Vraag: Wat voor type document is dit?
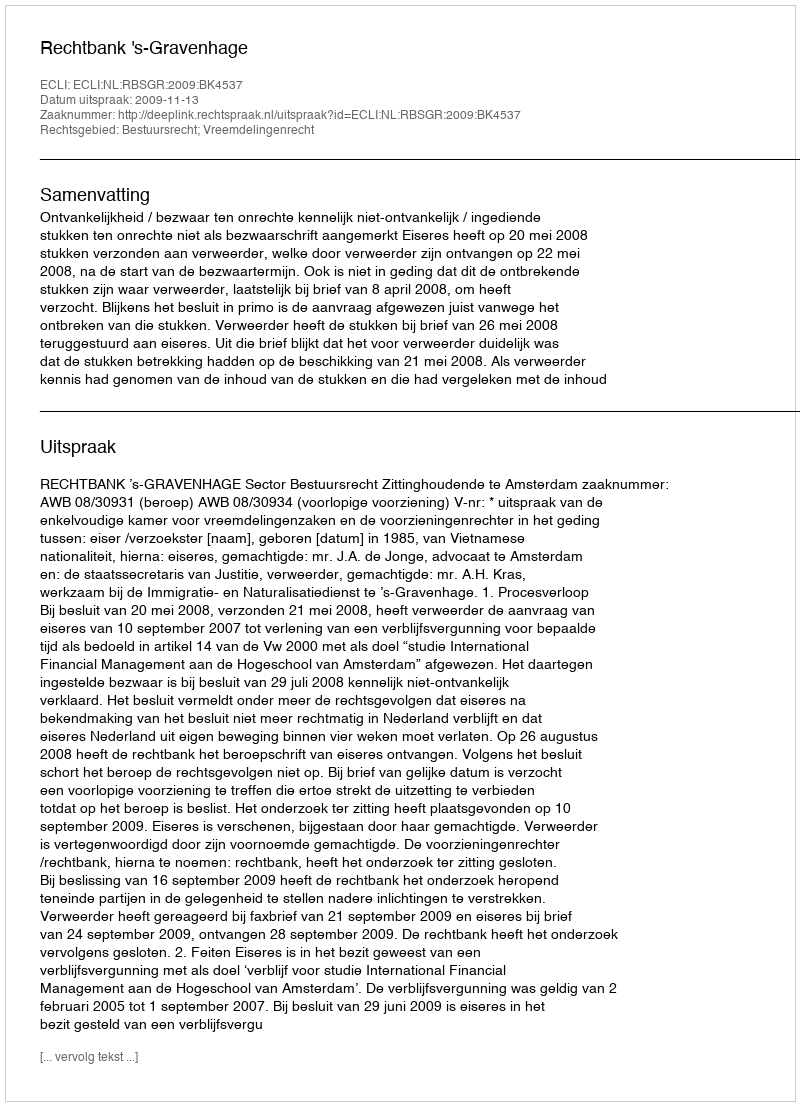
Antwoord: Uitspraak